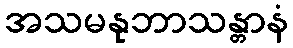
အသမနုဘာသန္တာနံ